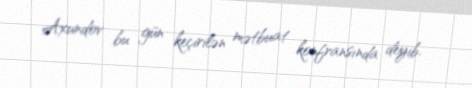
Axundov bu gün keçirilən mətbuat konfransında deyib.